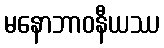
မနောဘာဝနီယဿ